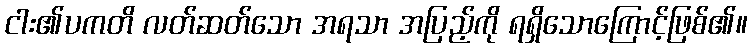
ငါး၏ပကတိ လတ်ဆတ်သော အရသာ အပြည့်ကို ရရှိသောကြောင့်ဖြစ်၏။